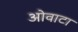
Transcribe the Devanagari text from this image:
ओवाटा